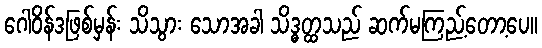
ဂေါဝိန်ဒဖြစ်မှန်း သိသွား သောအခါ သိဒ္ဓတ္ထသည် ဆက်မကြည့်တော့ပေ။